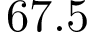
6 7 . 5